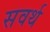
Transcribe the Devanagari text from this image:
सवर्थ